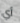
أي